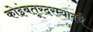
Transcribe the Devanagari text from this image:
कोइंबतूरदरम्यानचे